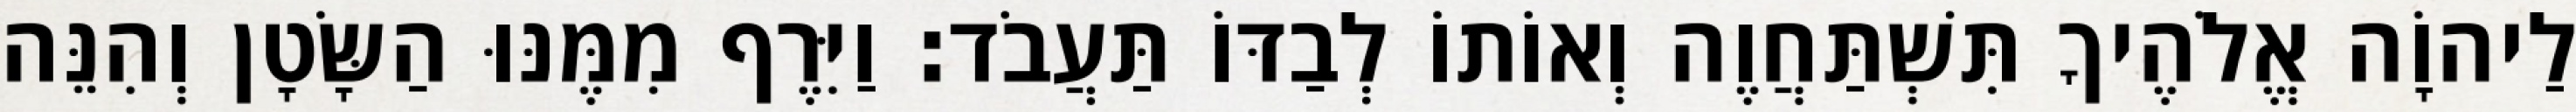
לַיהוָֹה אֱלֹהֶיךָ תִּשְׁתַּחֲוֶה וְאוֹתוֹ לְבַדּוֹ תַּעֲבֹד׃ וַיִּרֶף מִמֶּנּוּ הַשָּׂטָן וְהִנֵּה